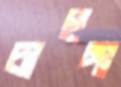
চাহুঙ্গা